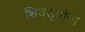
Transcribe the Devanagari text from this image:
शिवसूत्रांना